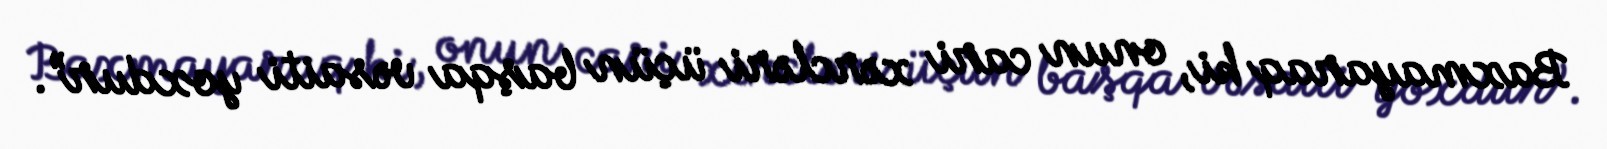
Baxmayaraq ki, onun cari xərcləri üçün başqa vəsaiti yoxdur”.